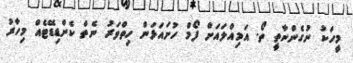
މީހަކު ނުގެންނާތީ ތޯ. އަމިއްލައަށް ފޯމް ހުށައަޅަން ހިތްވަރު ނެތް ކެންޑިޑޭޓެއް މިހާރު